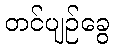
တင်ပျဉ်ခွေ